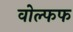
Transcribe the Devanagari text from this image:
वोल्फफ